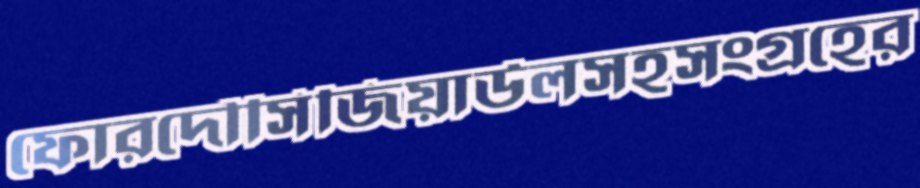
ফোরদৌসিজিয়াউলসহসংগ্রহের